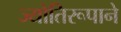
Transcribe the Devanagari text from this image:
ज्योतिरूपाने